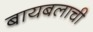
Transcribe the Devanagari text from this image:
बायबलाची